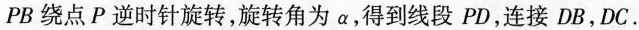
PB绕点P逆时针旋转，旋转角为α，得到线段PD，连接DB，DC.